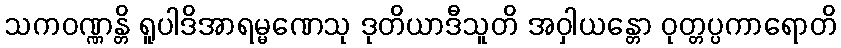
သကဝဏ္ဏန္တိ ရူပါဒိအာရမ္မဏေသု ဒုတိယာဒီသူတိ အဝှါယန္တော ဝုတ္တပ္ပကာရောတိ